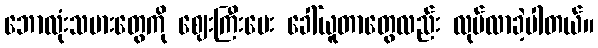
ဘောလုံးသမားတွေကို ဈေးကြီးပေး ခေါ်ယူတာတွေလည်း လုပ်လာခဲ့ပါတယ်။